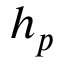
h _ { p }